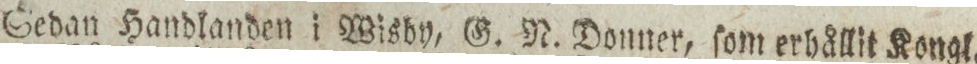
Sedan Handlanden i Wisby, G. N. Donner, ſom erhållit Kongl.